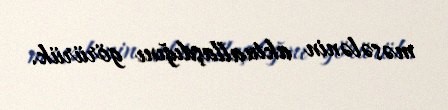
məsələnin aktuallaşdığını görürük.